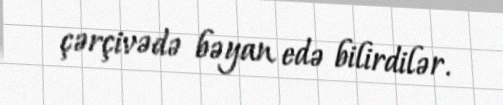
çərçivədə bəyan edə bilirdilər.